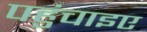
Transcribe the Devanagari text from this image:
पहुंचाइए